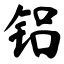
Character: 铝